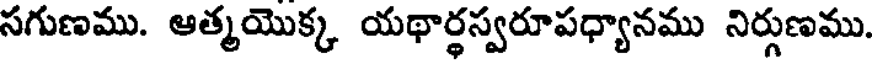
సగుణము. ఆత్మయొక్క యథార్థస్వరూపధ్యానము నిర్గుణము.